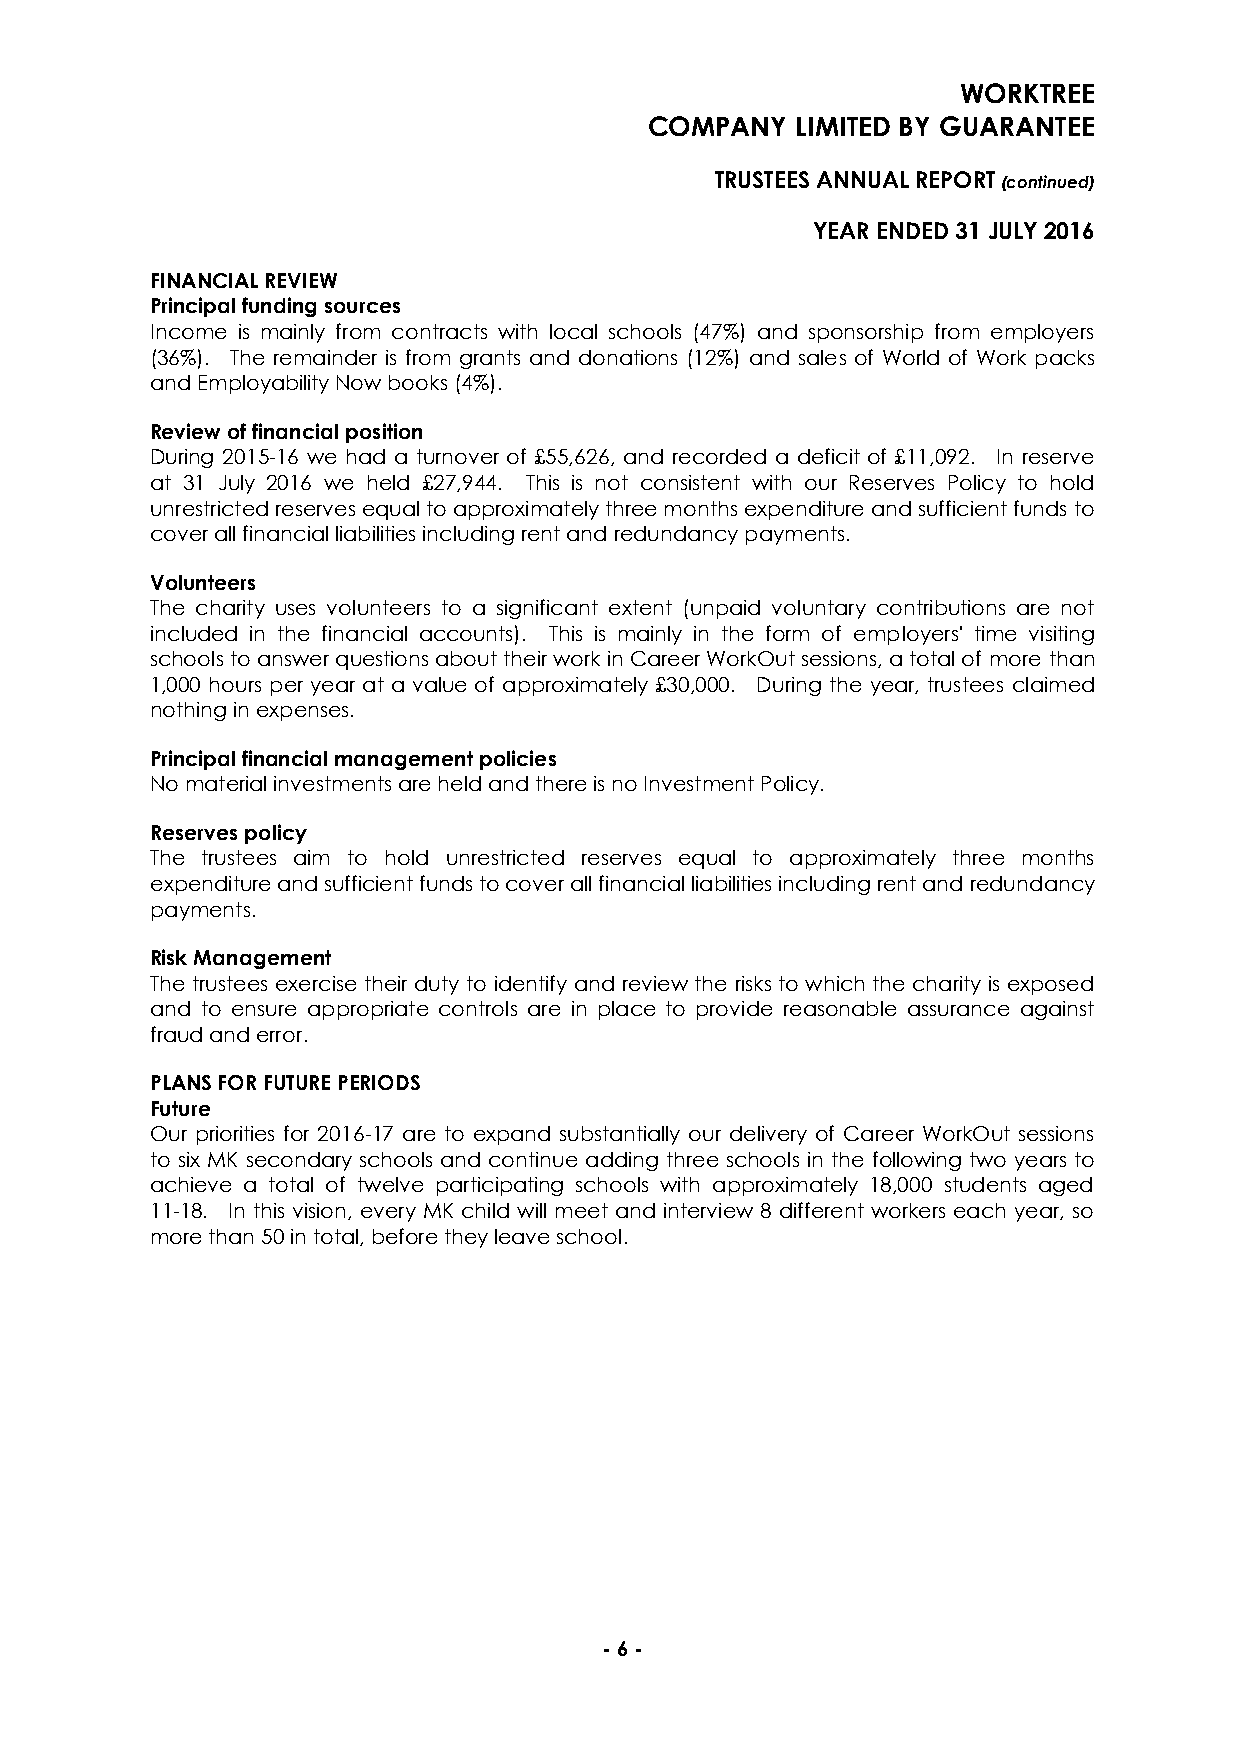
WORKTREE
 COMPANY   LIMITED BY GUARANTEE
 TRUSTEES ANNUAL REPORT (continued)
 YEAR ENDED 31 JULY 2016
 FINANCIAL REVIEW
 Principal funding sources
 Income is mainly from contracts with local schools (47%) and sponsorship from employers
 (36%). The remainder is from grants and donations (12%) and sales of World of Work packs
 and Employability Now books (4%).
 Review of financial position
 During 2015-16 we had a turnover of £55,626, and recorded a deficit of £11,092. In reserve
 at 31 July 2016 we held £27,944. This is not consistent with our Reserves Policy to hold
 unrestricted reserves equal to approximately three months expenditure and sufficient funds to
 cover all financial liabilities including rent and redundancy payments.
 Volunteers
 The charity uses volunteers to a significant extent (unpaid voluntary contributions are not
 included in the financial accounts). This is mainly in the form of employers' time visiting
 schools to answer questions about their work in Career WorkOut sessions, a total of more than
 1,000 hours per year at a value of approximately £30,000. During the year, trustees claimed
 nothing in expenses.
 Principal financial management policies
 No material investments are held and there is no Investment Policy.
 Reserves policy
 The trustees aim to hold unrestricted reserves equal to approximately three months
 expenditure and sufficient funds to cover all financial liabilities including rent and redundancy
 payments.
 Risk Management
 The trustees exercise their duty to identify and review the risks to which the charity is exposed
 and to ensure appropriate controls are in place to provide reasonable assurance against
 fraud and error.
 PLANS FOR FUTURE PERIODS
 Future
 Our priorities for 2016-17 are to expand substantially our delivery of Career WorkOut sessions
 to six MK secondary schools and continue adding three schools in the following two years to
 achieve a total of twelve participating schools with approximately 18,000 students aged
 11-18. In this vision, every MK child will meet and interview 8 different workers each year, so
 more than 50 in total, before they leave school.
 - 6 -